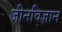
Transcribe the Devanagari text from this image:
जीनविज्ञान